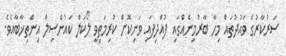
ސަރުކާރުގެ ވައުދުތައް މިހާ ބާރުމިނެއްގައި ފުއްދިފައި ވަނިކޮށް ކުރިމަތިވީ ލޯކަލް ކައުންސިލް އިންތިޚާބާއެވެ.